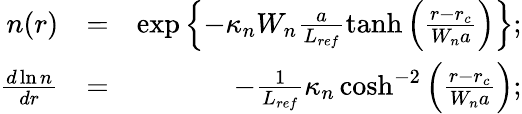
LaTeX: \begin{array}{rlr}{n(r)}&{=}&{\exp\left\{ -\kappa_{n}W_{n}\frac{a}{L_{ref}}\operatorname{tanh}\left(\frac{r-r_{c}}{W_{n}a}\right)\right\} ;}\\ {\frac{d\ln n}{dr}}&{=}&{-\frac{1}{L_{ref}}\kappa_{n}\cosh^{-2}\left(\frac{r-r_{c}}{W_{n}a}\right);}\end{array}